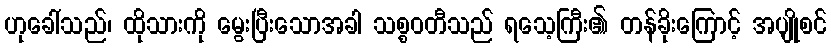
ဟုခေါ်သည်၊ ထိုသားကို မွေးပြီးသောအခါ သစ္စဝတီသည် ရသေ့ကြီး၏ တန်ခိုးကြောင့် အပျိုစင်